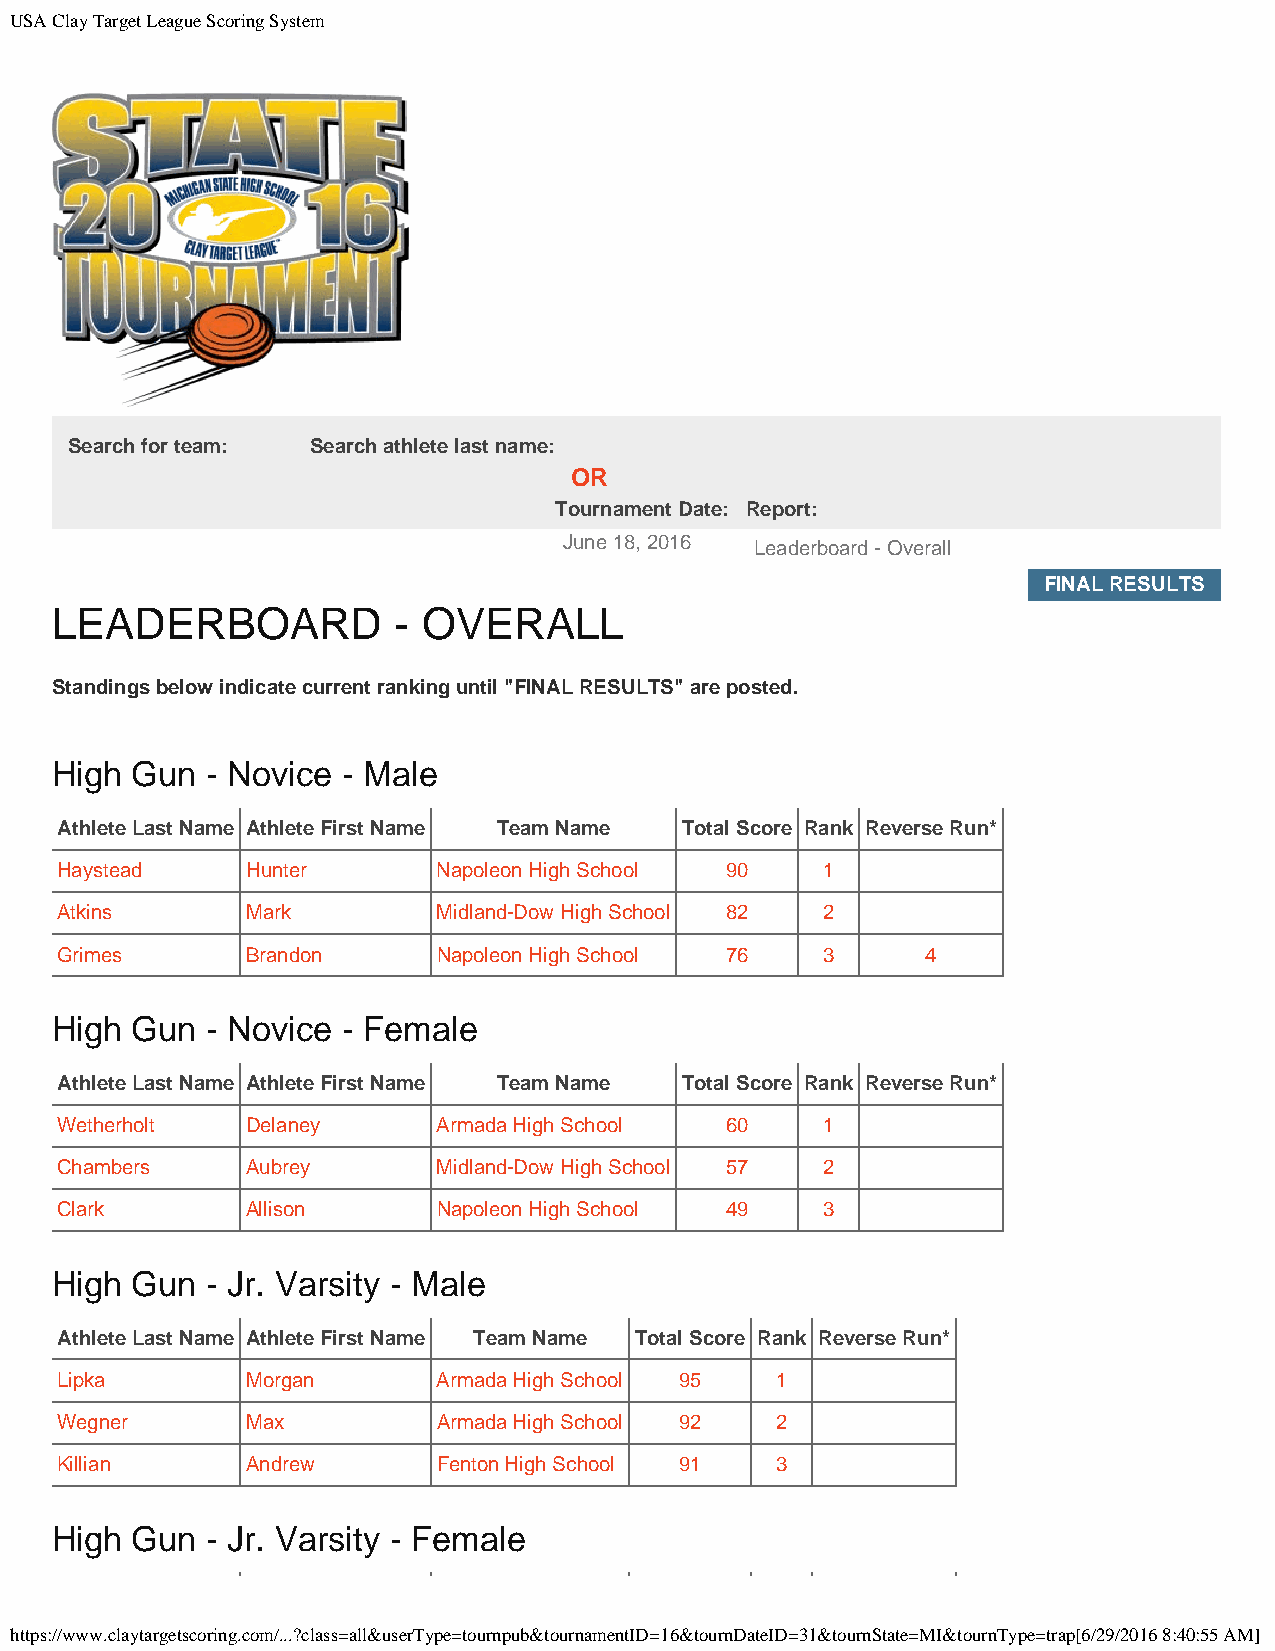
USA Clay Target League Scoring System
 Search for team: Search athlete last name:
 OR
 Tournament Date: Report:
 June 18, 2016 Leaderboard - Overall
 FINAL RESULTS
 LEADERBOARD            - OVERALL
 Standings below indicate current ranking until "FINAL RESULTS" are posted.
 High  Gun  - Novice - Male
 Athlete Last Name Athlete First Name Team Name Total Score Rank Reverse Run*
 Haystead    Hunter       Napoleon High School 90  1
 Atkins      Mark         Midland-Dow High School 82 2
 Grimes      Brandon      Napoleon High School 76  3      4
 High  Gun  - Novice - Female
 Athlete Last Name Athlete First Name Team Name Total Score Rank Reverse Run*
 Wetherholt  Delaney      Armada High School 60    1
 Chambers    Aubrey       Midland-Dow High School 57 2
 Clark       Allison      Napoleon High School 49  3
 High  Gun  - Jr. Varsity - Male
 Athlete Last Name Athlete First Name Team Name Total Score Rank Reverse Run*
 Lipka       Morgan       Armada High School 95 1
 Wegner      Max          Armada High School 92 2
 Killian     Andrew       Fenton High School 91 3
 High  Gun  - Jr. Varsity - Female
 https://www.claytargetscoring.com/...?class=all&userType=tournpub&tournamentID=16&tournDateID=31&tournState=MI&tournType=trap[6/29/2016 8:40:55 AM]